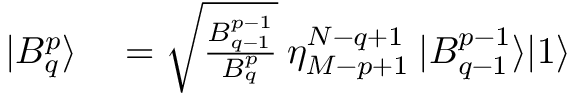
\begin{array} { r l } { | B _ { q } ^ { p } \rangle } & { { } = \sqrt { \frac { B _ { q - 1 } ^ { p - 1 } } { B _ { q } ^ { p } } } \: \eta _ { M - p + 1 } ^ { N - q + 1 } \: | B _ { q - 1 } ^ { p - 1 } \rangle | 1 \rangle } \end{array}